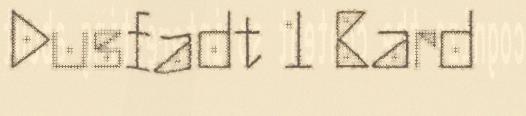
Dusfadt 1 Bard